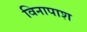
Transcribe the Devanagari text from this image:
विनापाश